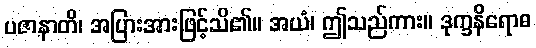
ပဇာနာတိ၊ အပြားအားဖြင့်သိ၏။ အယံ၊ ဤသည်ကား။ ဒုက္ခနိရောဓ